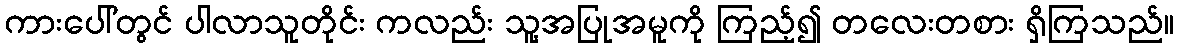
ကားပေါ်တွင် ပါလာသူတိုင်း ကလည်း သူ့အပြုအမူကို ကြည့်၍ တလေးတစား ရှိကြသည်။